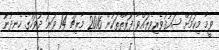
ވީމާ މިކަމަށް ޝައުޤުވެރިވެލައްވާ ފަރާތްތަކުން 2016 މާރިޗު 14 ވަނަ ދުވަހުގެ ހެނދުނު